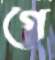
গে